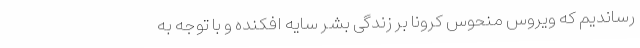
رساندیم که ویروس منحوس کرونا بر زندگی بشر سایه افکنده و با توجه به